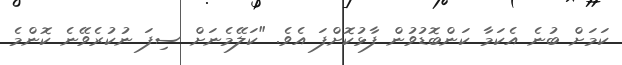
ކަމަށް ބުނެ އެކަމާ ކަންބޮޑުވުން ފާޅުކޮށްފަ އެވެ. "ކަލޭމެނަށް ސިފަ ނުކުރެވޭނެ ކޮންމެ